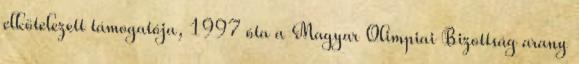
elkötelezett támogatója, 1997 óta a Magyar Olimpiai Bizottság arany